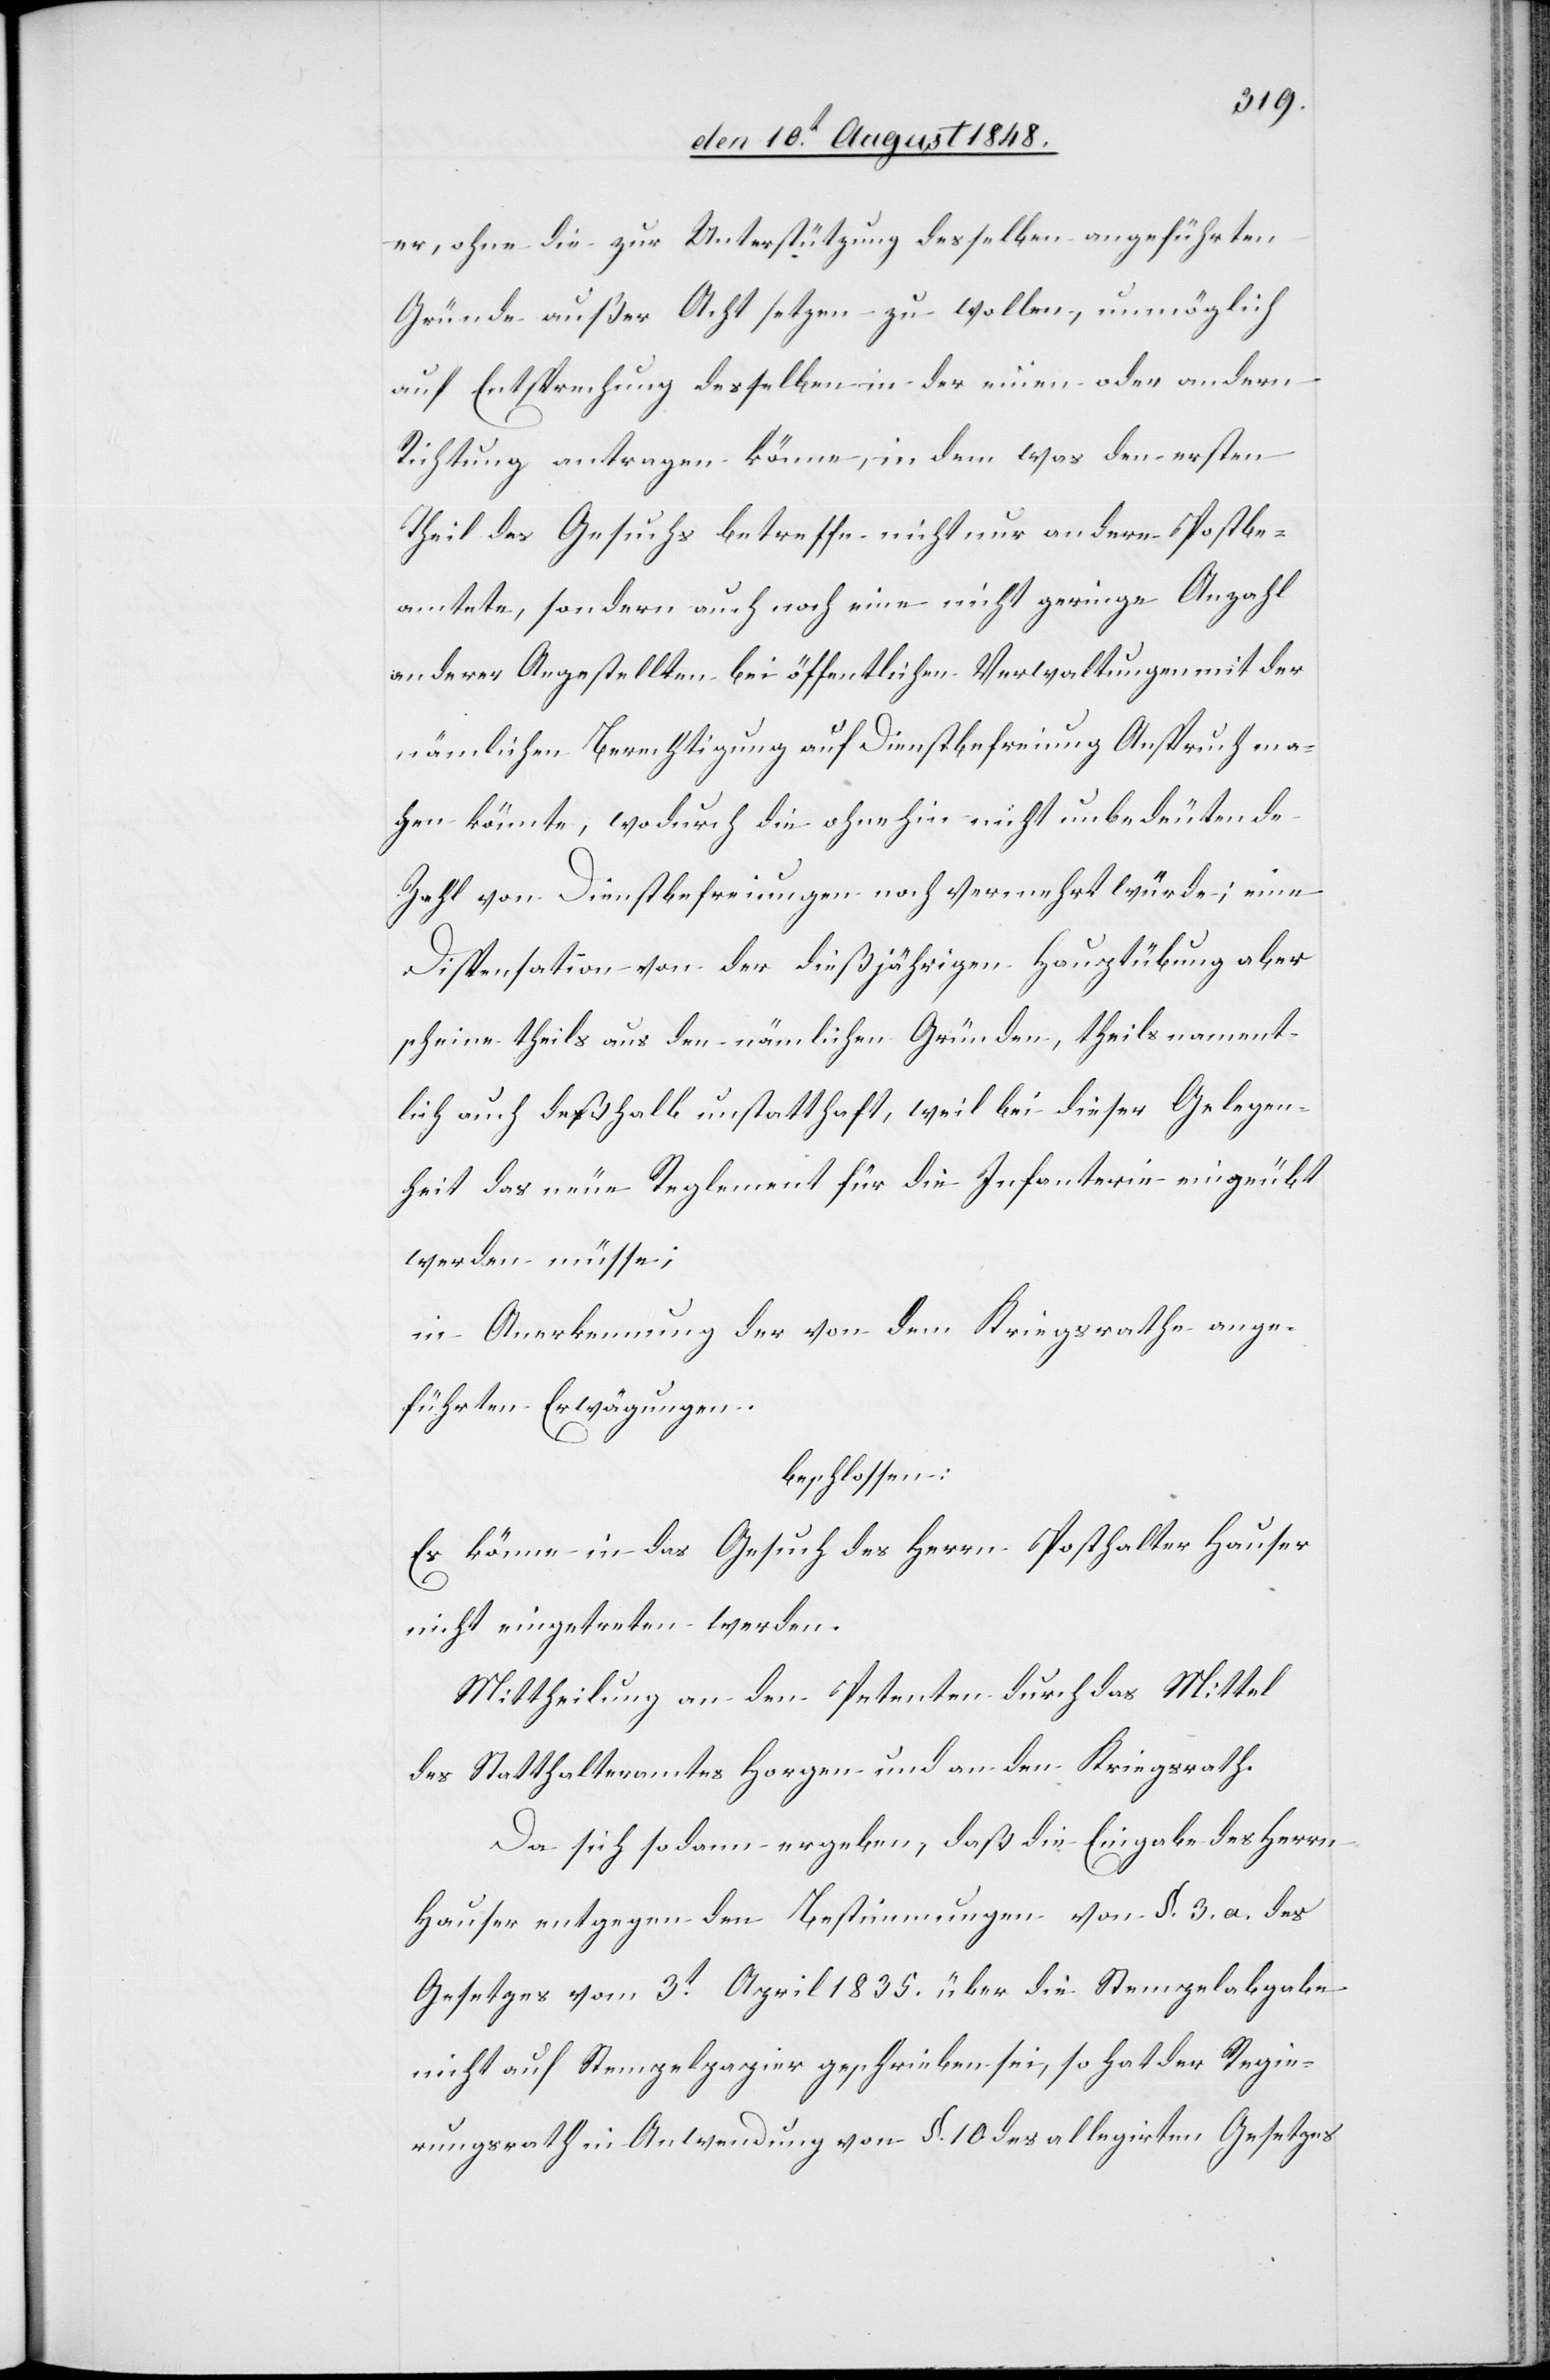
er, ohne die zur Unterstützung desselben angeführten
Gründe außer Acht setzen zu wollen, unmöglich
auf Entsprechung desselben in der einen oder andern
Richtung antragen könne, in dem was den ersten
Theil des Gesuchs betreffe nicht nur andere Postbe¬
amtete, sondern auch noch eine nicht geringe Anzahl
anderer Angestellten bei öffentlichen Verwaltungen mit der
nämlichen Berechtigung auf Dienstbefreiung Anspruch mac¬
hen könnte, wodurch die ohne hin nicht unbedeutende
Zahl von Dienstbefreiungen noch vermehrt würde; eine
Dispensation von der dießjährigen Hauptübung aber
scheine theils aus den nämlichen Gründen, theils nament¬
lich auch deßhalb unstatthaft, weil bei dieser Gelegen¬
heit das neue Reglement für die Infanterie eingeübt
werde müsse;
in Anerkennung der von dem Kriegsrathe ange¬
führten Erwägungen
Es könne in das Gesuch des Herrn Posthalter Hauser
nicht eingetreten werden.
Mittheilung an den Petenten durch das Mittel
des Statthalteramtes Horgen und an den Kriegsrath.
Da sich sodann ergeben, daß die Eingabe des Herrn
Hauser entgegen den Bestimmungen von §. 3. a. des
Gesetzes vom 3t April 1835. über die Stempelabgabe
nicht auf Stempelpapier geschrieben sei, so hat der Regie¬
rungsrath in Anwendung von §. 10. des allegirten Gesetzes